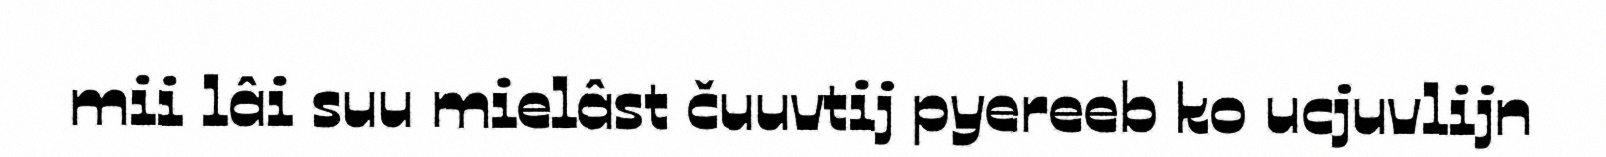
mii lâi suu mielâst čuuvtij pyereeb ko ucjuvlijn